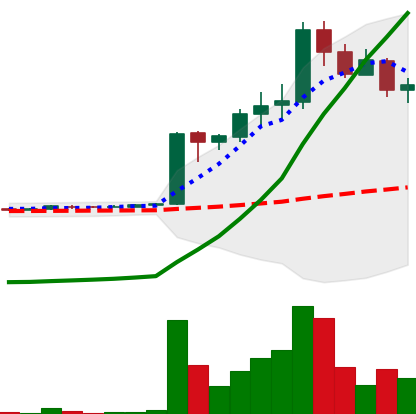
Ticker: LTC-USD
Chart end date: 2017-04-10
Forward return: 21.056%
Label: up_7plus